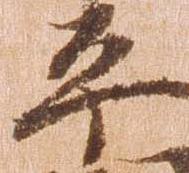
平